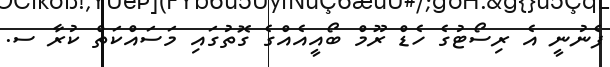
ފެނުނީ އެ ރިސޯޓުގެ ހެޑް ރޫމް ބޯއީއެއްގެ ގޮތުގައި މަސައްކަތް ކުރާ ސ.